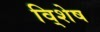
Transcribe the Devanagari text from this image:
वि्शेष